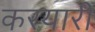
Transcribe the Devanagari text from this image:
करयारी